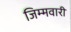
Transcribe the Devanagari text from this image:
जिम्मवारी